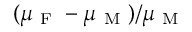
( \mu _ { \mathrm { ~ F ~ } } - \mu _ { \mathrm { ~ M ~ } } ) / \mu _ { \mathrm { ~ M ~ } }